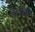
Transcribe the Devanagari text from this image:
है।इनसे